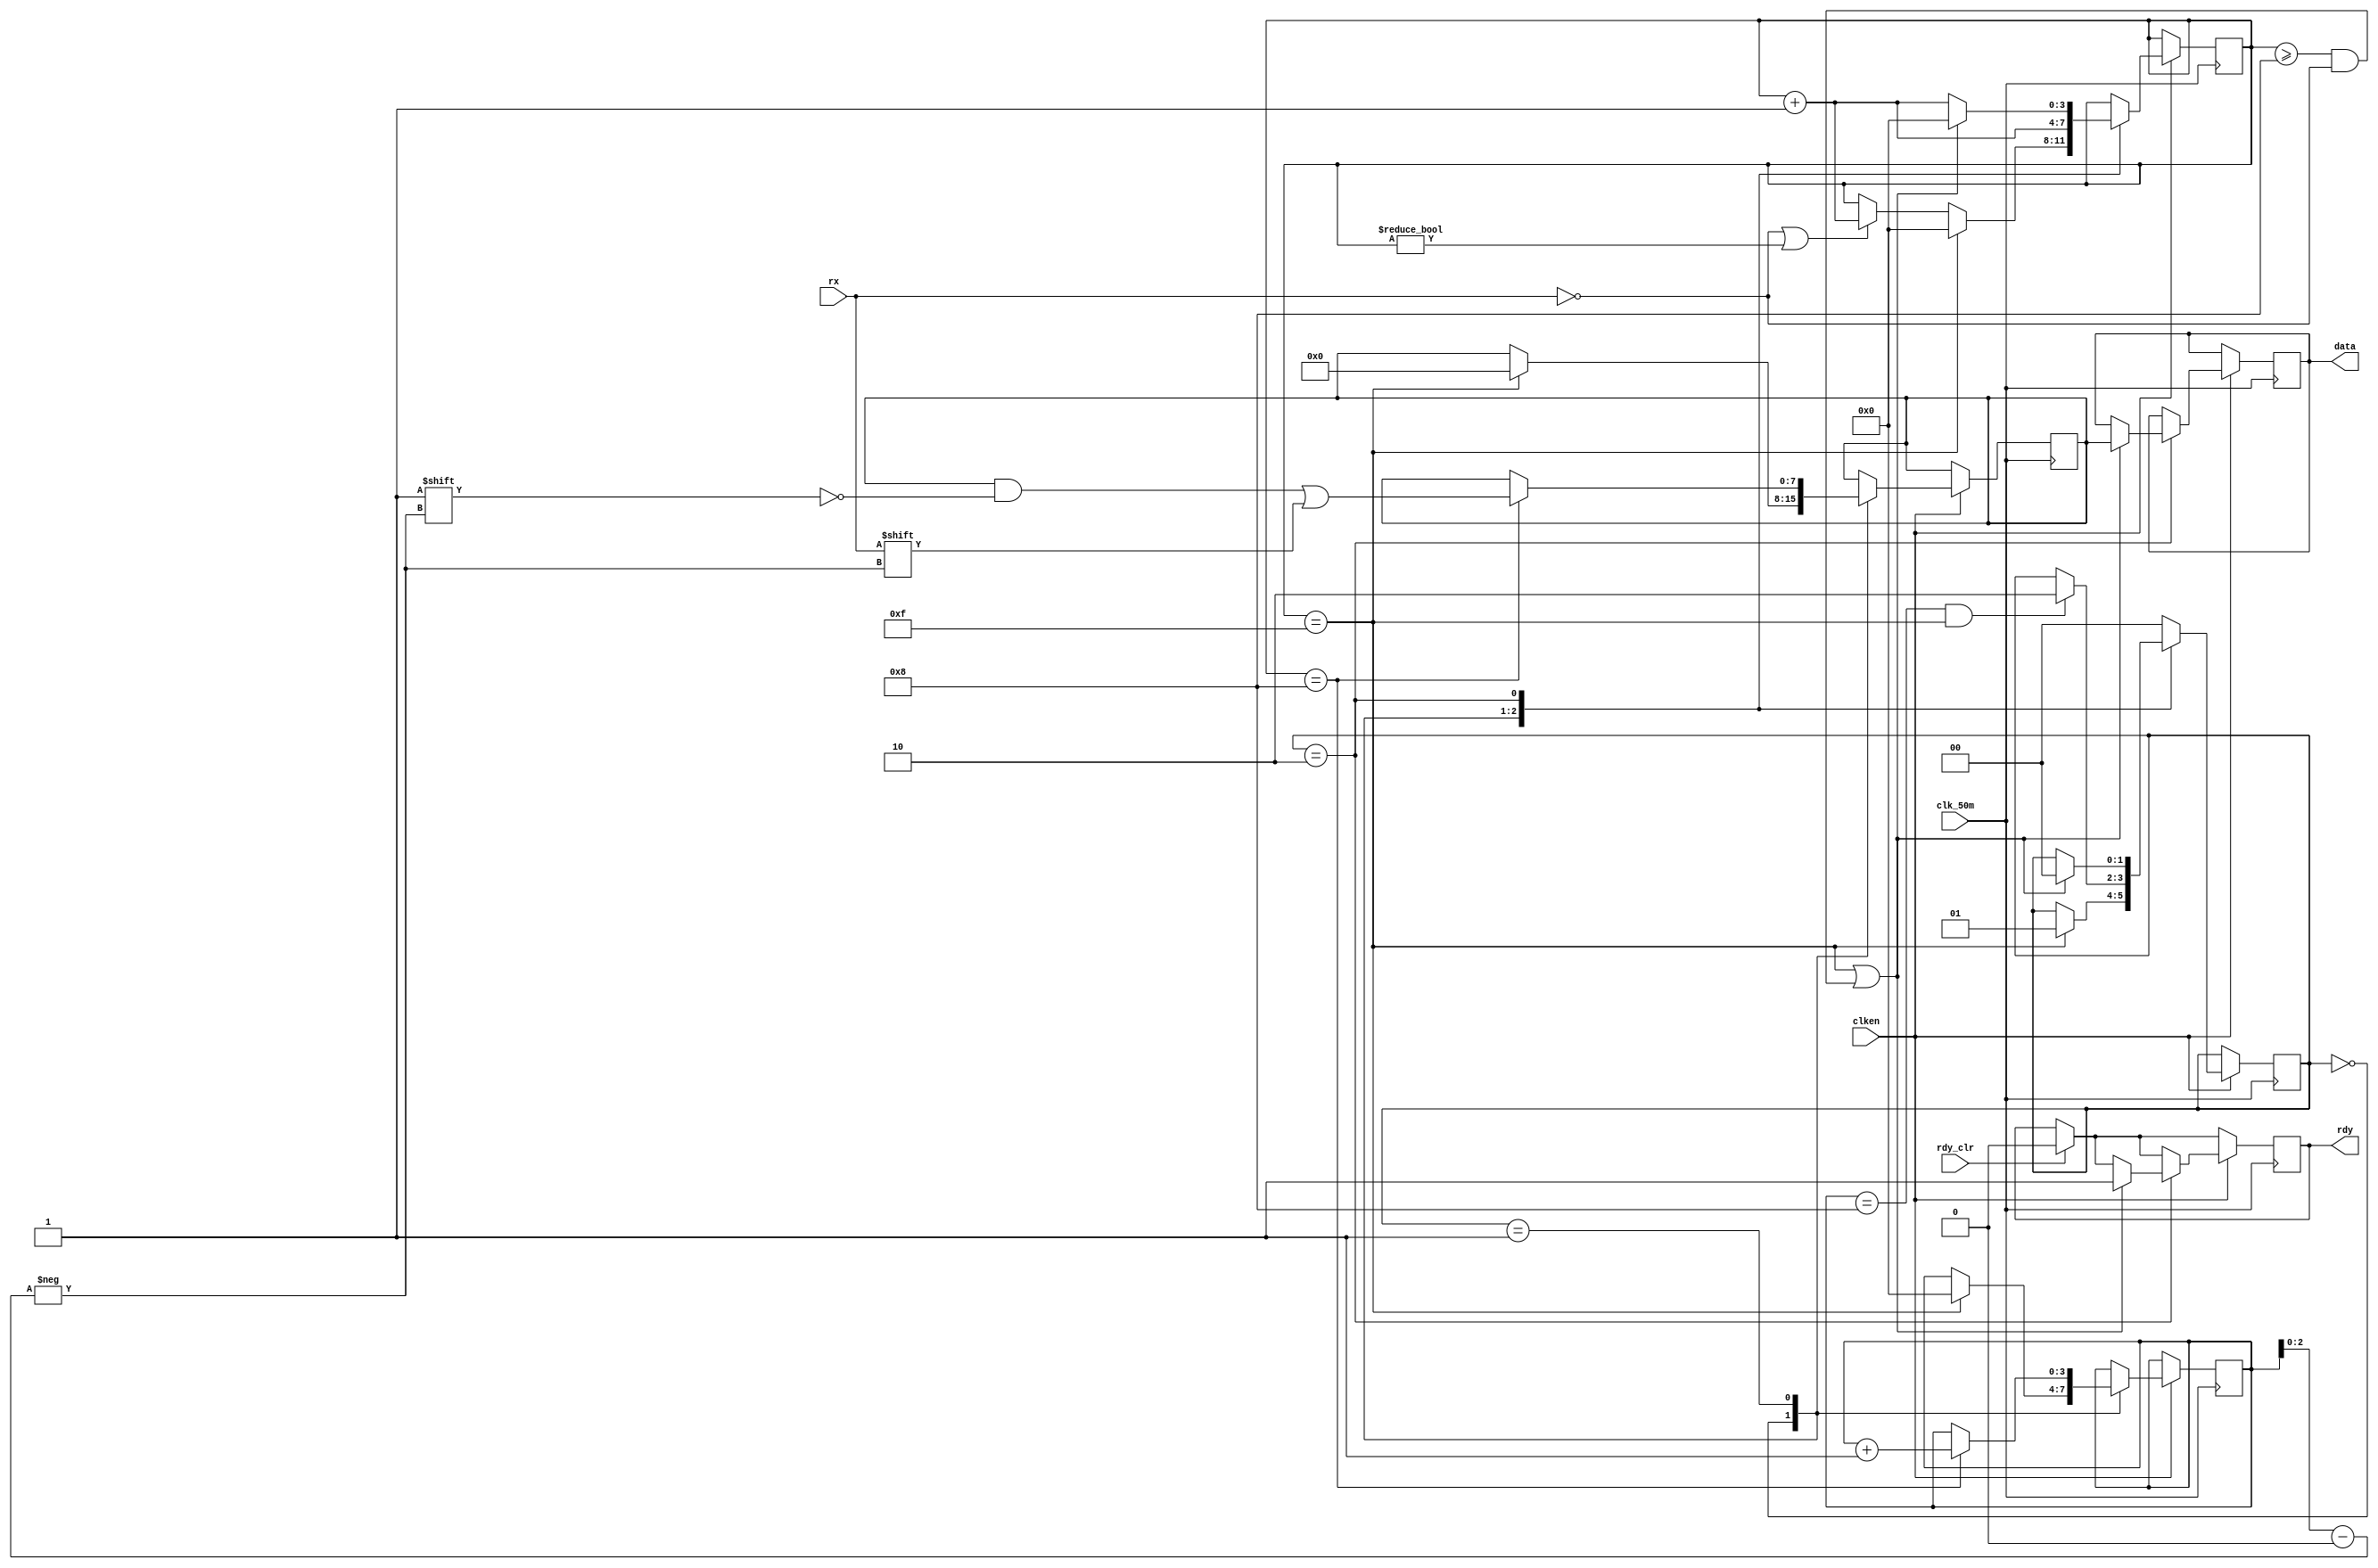
//--------------------------------------------------------------
// :
//     
//     : 
// : 2018-08-24
// : 2018-08-24
// :
//     : V1.0:
// :
//     :
//
//--------------------------------------------------------------
module UART_RX (
    input  wire       rx,       //
    output reg        rdy,      //
    input  wire       rdy_clr,  //
    input  wire       clk_50m,  //
    input  wire       clken,    //
    output reg  [7:0] data      //
);

    initial begin
        rdy  = 0;
        data = 8'b0;
    end

    parameter RX_STATE_START = 2'b00;  //
    parameter RX_STATE_DATA = 2'b01;  //
    parameter RX_STATE_STOP = 2'b10;  //

    reg [1:0] state = RX_STATE_START;  //
    reg [3:0] sample = 0;
    reg [3:0] bitpos = 0;  //
    reg [7:0] scratch = 8'b0;

    always @(posedge clk_50m) begin
        if (rdy_clr) rdy <= 0;

        if (clken) begin
            case (state)
                RX_STATE_START: //
					begin
                    if (!rx || sample != 0) sample <= sample + 4'b1;

                    if (sample == 15) begin
                        state   <= RX_STATE_DATA;
                        bitpos  <= 0;
                        sample  <= 0;
                        scratch <= 0;
                    end
                end
                RX_STATE_DATA: //
					begin
                    sample <= sample + 4'b1;
                    if (sample == 4'h8) begin
                        scratch[bitpos[2:0]] <= rx;
                        bitpos               <= bitpos + 4'b1;
                    end
                    if (bitpos == 8 && sample == 15) state <= RX_STATE_STOP;
                end
                RX_STATE_STOP: //
					begin
                    if (sample == 15 || (sample >= 8 && !rx)) begin
                        state  <= RX_STATE_START;
                        data   <= scratch;
                        rdy    <= 1'b1;
                        sample <= 0;
                    end else begin
                        sample <= sample + 4'b1;
                    end
                end
                default: begin
                    state <= RX_STATE_START;
                end
            endcase
        end
    end

endmodule